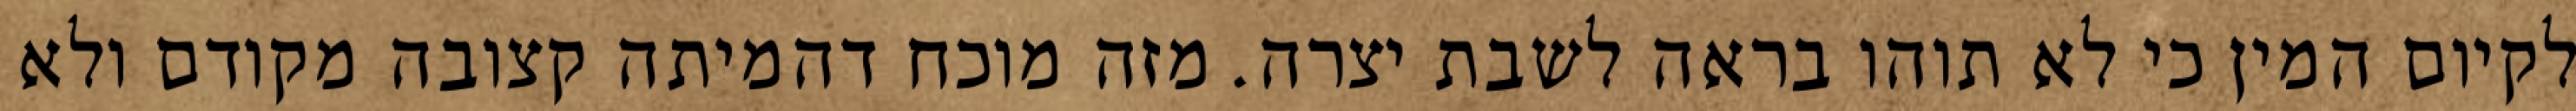
לקיום המין כי לא תוהו בראה לשבת יצרה. מזה מוכח דהמיתה קצובה מקודם ולא